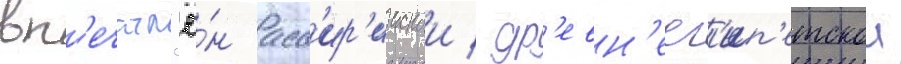
вп'ечатл'ё́н асс'ир'иискои / др'евн'еег'ип'етскои